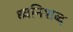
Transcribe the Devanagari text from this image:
ध्वनिशब्द